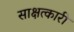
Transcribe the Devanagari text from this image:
साक्षत्कारी